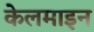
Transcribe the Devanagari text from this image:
केलमाइन